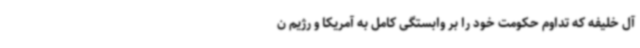
آل خلیفه که تداوم حکومت خود را بر وابستگی کامل به آمریکا و رژیم ن